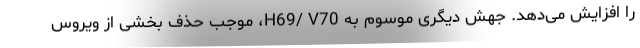
را افزایش می‌دهد. جهش دیگری موسوم به H69/ V70، موجب حذف بخشی از ویروس